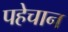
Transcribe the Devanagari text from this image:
पहेचान